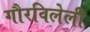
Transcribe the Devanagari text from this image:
गौरविलेली